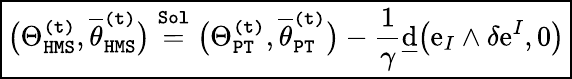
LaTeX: \boxed{\big(\Theta_{\mathtt{HMS}}^{\mathtt{(t)}},\overline{{\theta}}_{\mathtt{HMS}}^{\mathtt{(t)}}\big)\overset{\mathtt{Sol}}{=}\big(\Theta_{\mathtt{PT}}^{\mathtt{(t)}},\overline{{\theta}}_{\mathtt{PT}}^{\mathtt{(t)}}\big)-\frac{1}{\gamma}\underline{{\mathrm{d}}}\big(\mathrm{e}_{I}\wedge\delta\mathrm{e}^{I},0\big)}